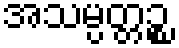
အသမ္ပတ္တဉ္စ